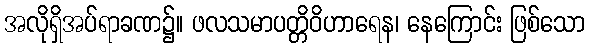
အလိုရှိအပ်ရာခဏ၌။ ဖလသမာပတ္တိဝိဟာရေန၊ နေကြောင်း ဖြစ်သော